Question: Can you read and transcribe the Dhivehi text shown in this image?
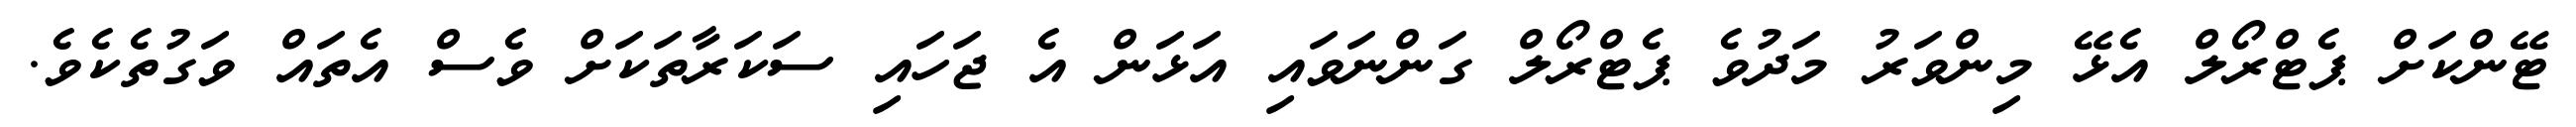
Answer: ޓޭންކަށް ޕެޓްރޯލް އެޅޭ މިންވަރު މަދުވެ ޕެޓްރޯލް ގަންނަވައި އަޅަން އެ ޖަހައި ސަކަރާތަކަށް ވެސް އެތައް ވަގުތެކެވެ.